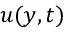
u ( y , t )